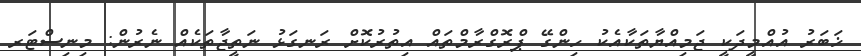
ޚަބަރު އުއްމީދަކީ ޖަމިއްޔާތަކާއެކު ހިންގޭ ޕްރޮގްރާމްތައް އިތުރުކޮށް ރަނގަޅު ނަތީޖާތަކެއް ނެރުން: މިނިސްޓަރ